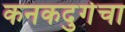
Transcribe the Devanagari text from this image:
कनकदुर्गचा